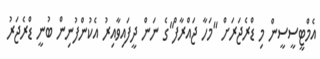
އެމްޓީސީސީން މި ޑްރެޖަރަށް "މަހާ ޖައްރާފް"ގެ ނަން ދީފައިވާއިރު އެކުންފުނިން ބުނީ ޑްރެޖަރު